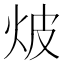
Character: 𭴗